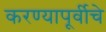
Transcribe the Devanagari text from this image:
करण्यापूर्वीचे